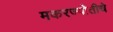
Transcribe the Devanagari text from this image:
मकरज्योतीचे